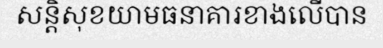
សន្តិសុខយាមធនាគារខាងលើបាន